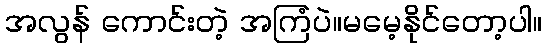
အလွန် ကောင်းတဲ့ အကြံပဲ။မမေ့နိုင်တော့ပါ။